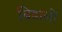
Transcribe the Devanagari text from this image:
बिडालों